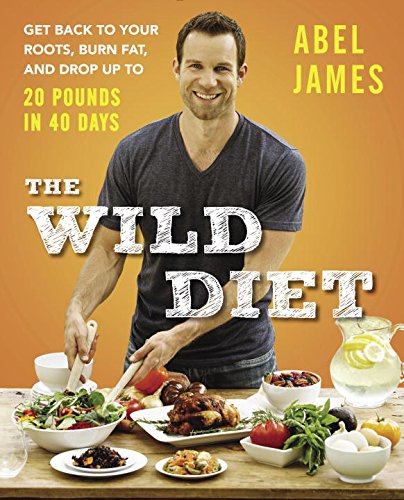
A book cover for The Wild Diet: Get Back to Your Roots, Burn Fat, and Drop Up to 20 Pounds in 40 Days; Abel James; Cookbooks, Food & Wine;